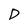
Character: D